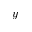
y